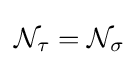
{\mathcal {N}}_{\tau }={\mathcal {N}}_{\sigma }